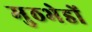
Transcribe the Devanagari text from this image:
मुठभेडों